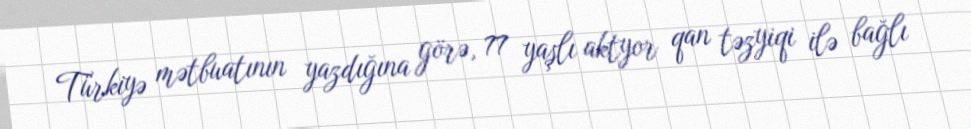
Türkiyə mətbuatının yazdığına görə, 77 yaşlı aktyor qan təzyiqi ilə bağlı